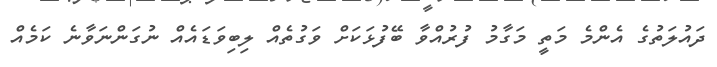
ދައުލަތުގެ އެންމެ މަތީ މަގާމު ފުރުއްވާ ބޭފުޅަކަށް ވަގުތެއް ލިބިވަޑައެއް ނުގަންނަވާނެ ކަމެއް